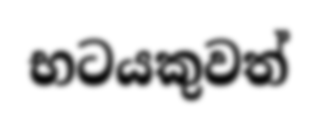
භටයකුවත්